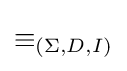
\equiv _{(\Sigma ,D,I)}